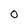
Character: 0